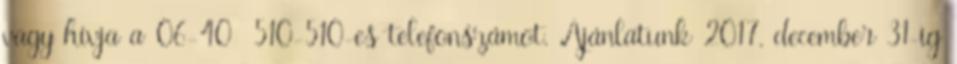
vagy hívja a 06-40 510-510-es telefonszámot. Ajánlatunk 2017. december 31-ig